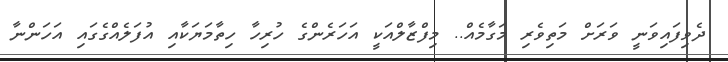
ދެވިފައިވަނީ ވަރަށް މަތިވެރި މަގާމެއް.. މިފްޒާލްއަކީ އަހަރެންގެ ހުރިހާ ހިތާމަޔަކާއި އުފަލެއްގެގައި އަހަންނާ